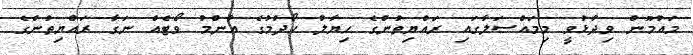
މައުމޫން ވިދާޅުވީ މިމައްސަލާގައި ރައްޔިތުންގެ ހިޔާލު ހޯދުމުގެ އާންމު ވޯޓެއް ނަގާ ރައްޔިތުންގެ